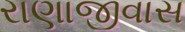
રાણાજીવાસ